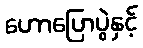
ဟောပြောပွဲနှင့်